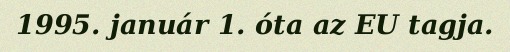
1995. január 1. óta az EU tagja.